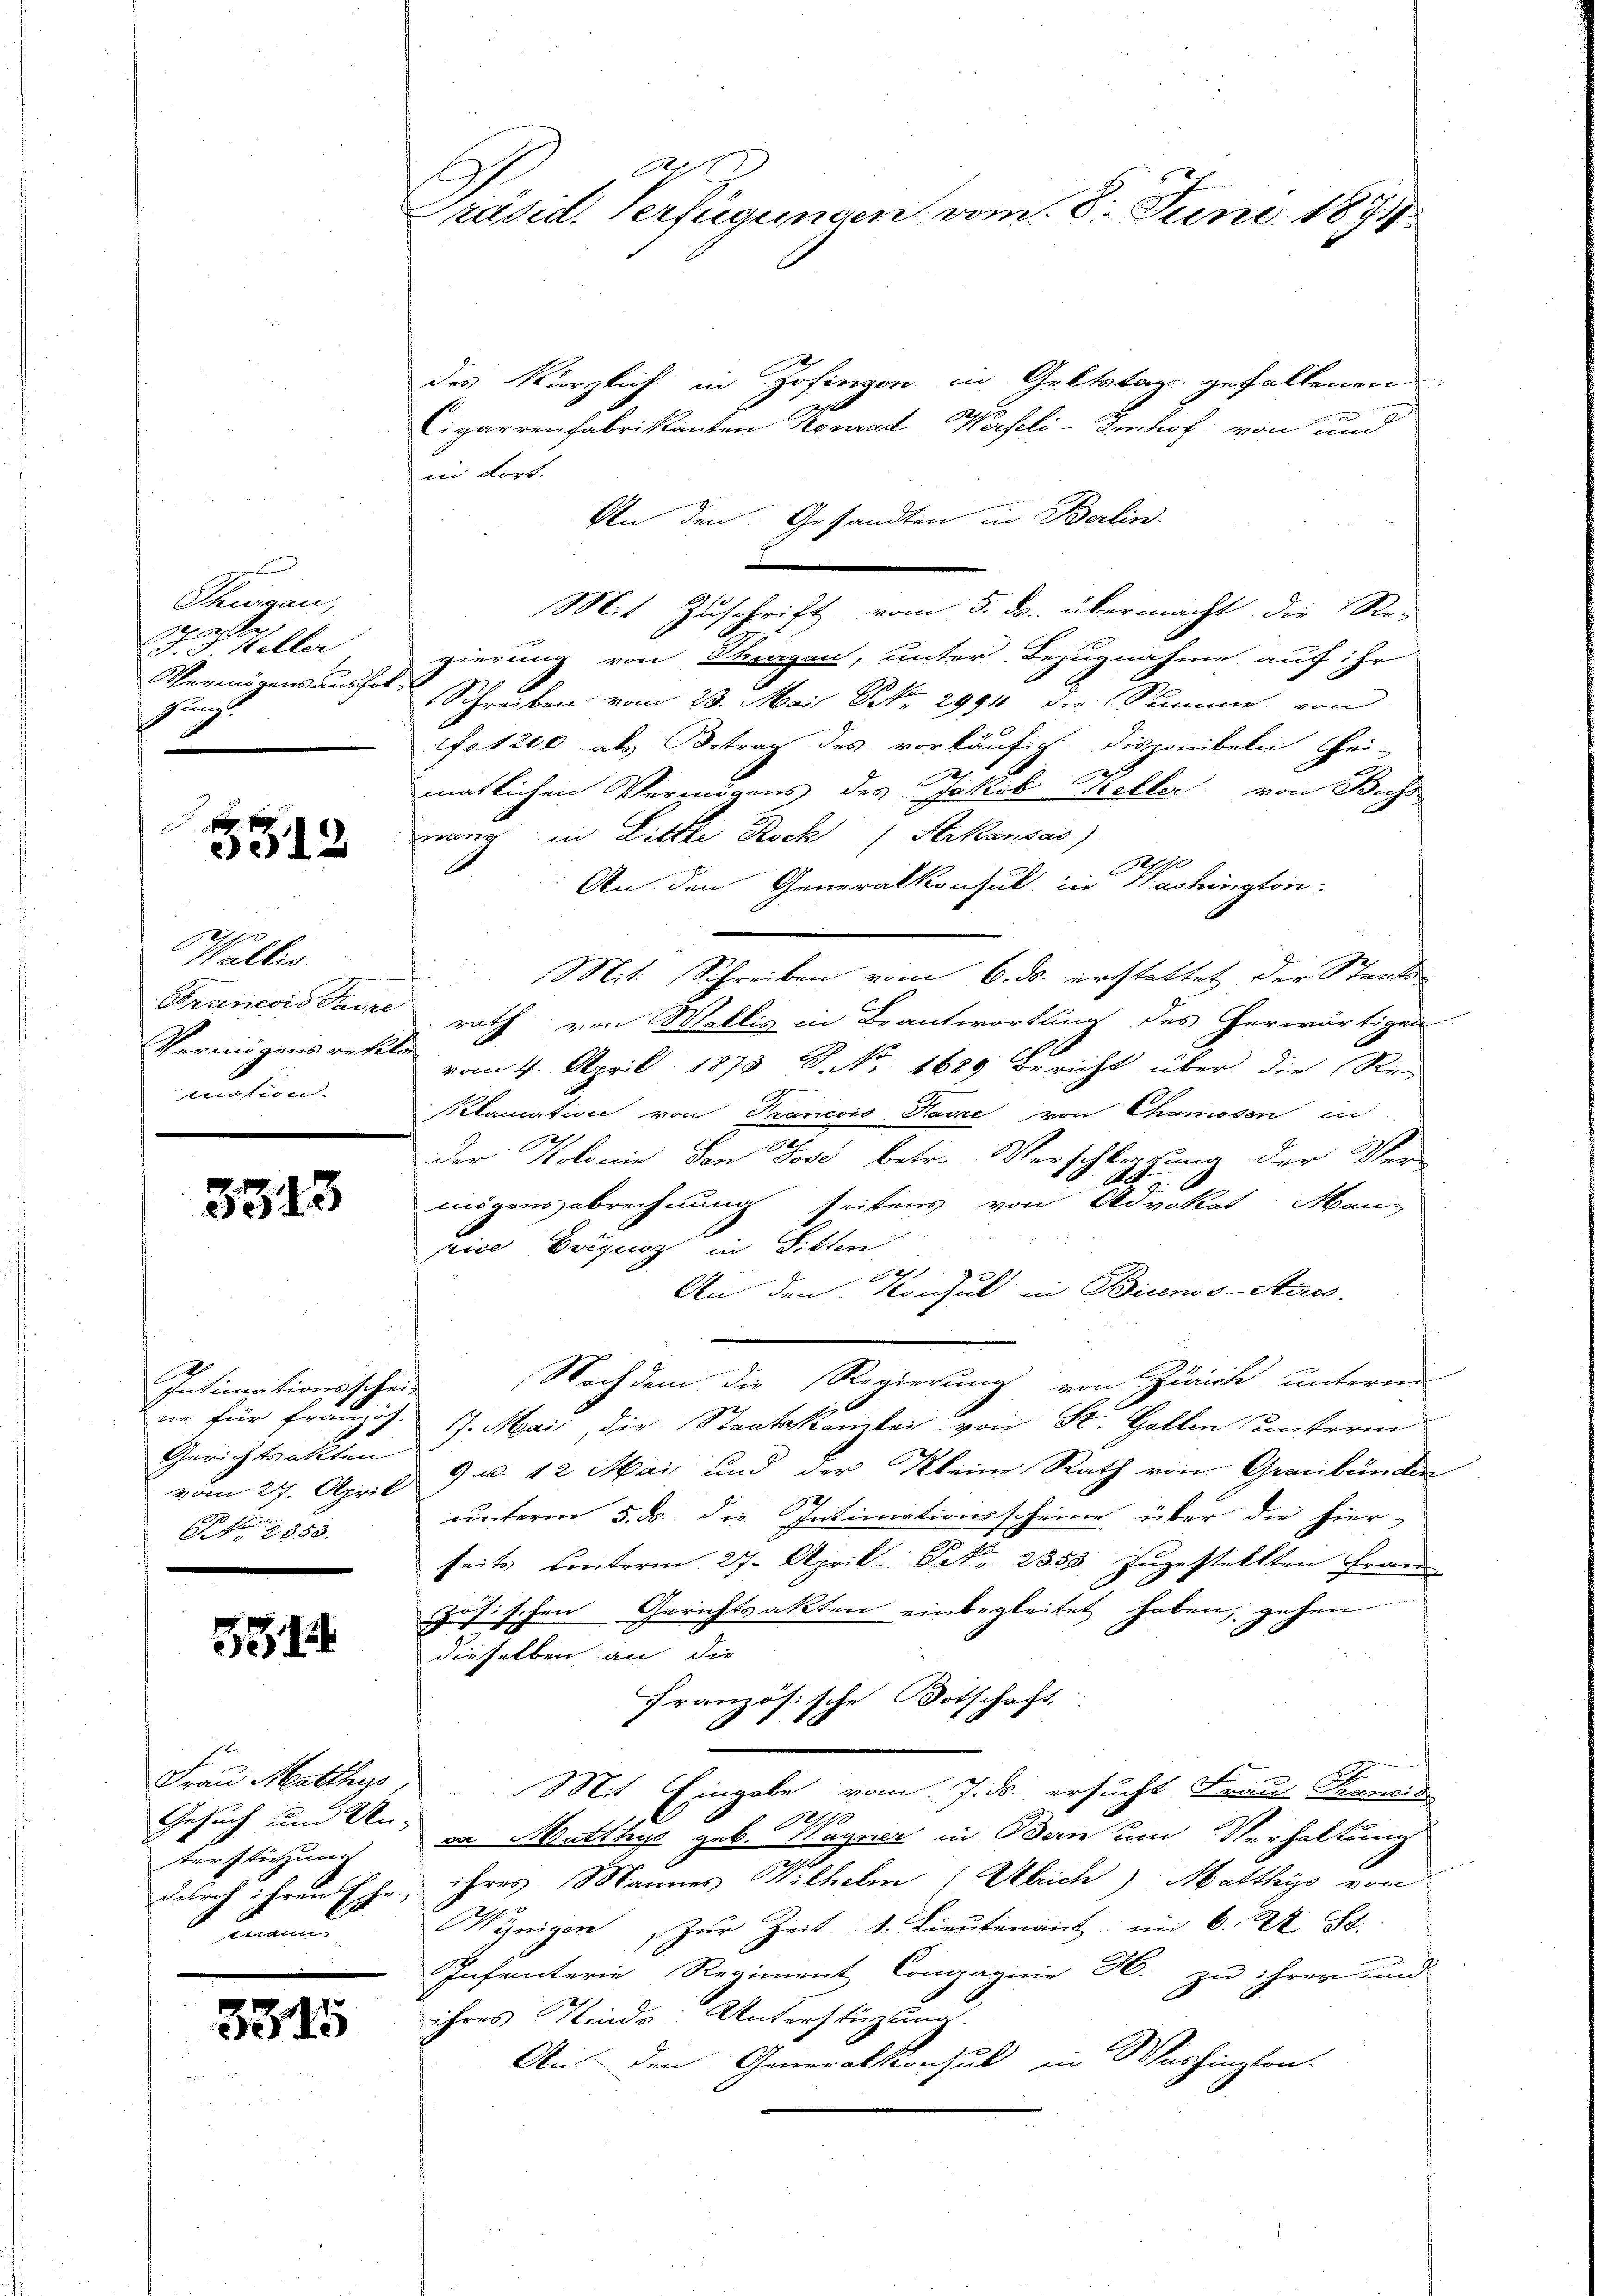
Thurgau,
reforder
u
F. F. Heller
Vermögensaushol
gung

s
512

des kürzlich in Zofingen in Geltstag gefallenen
Cigarrenfabrikanten Konrad Werfeli-Imhof von und
ini dort.
Von den Gesandten in Berlin.
Mit Zuschrift vom 5. ds. übermacht die Re-
gierung von Sagen, unter Bezugnahme auf ihr
Schreiben vom 23. Mai NNo. 2991 die Summe von
fotel als Betrag des vorläufig disponibeln sei-
2
matlichen Vermögens des Jakob Weller von Buchs
mung in Litte Rock ( Arkansas)
An den Generalkonsul in Washington-
Mit Schreiben vom 6. ds. erstattet der Staats-
Graneois Favre rath von Wallis in Beantwortung des herwärtigen
vom 4. April 1873 S. No 1689 Bericht über die Re-
2
klamation von Trancois Parze von Chamosen in
2
der Kolonie den Jose betr. Verschleppung der Ver-
1
mögensabrechnung seitens von Advokat Mann
pice Burgung in Sitten,
8211
An den Konsul in Bisenos-Ayres
Nachdem die Regierung von Zürich untere
7. Mai, die Staatskanzlei von St. Gallen unterm
vom 27. April 9 v. 12 Mai und der Kleine Rath von Graubünden
unterm 5. d. die Intimationsscheine über die hier-
seits unterm 27. April. Frk. 2355. zugestellten Fran
zösischen Gerichtsakten einbegleitet haben, gehen
dieselben an die
Französische Botschaft
Mit Eingabe vom 7. ds. ersucht Frau Francis
12740
E
ca Matthys geb. Wagner in Bern um Verhaltung
n
durch ihren Ehe ihres Mannes Wilhelm (Ulrich) Matthys von
Wenigen zŭr Zeit u. Lieutenant im 6. 22. St.
Infanterie Regiment Congaginie H. zu ihrer und
ihres Kinde Unterstüzungs-
An den Generalkonsul in Washington-

Wallis.
Vermögens rektor
tuation.

3343

Intimationsscheine für Französ.
Gerichtsakten
Ao 1858.

514

Frau Matthys
Gesuch und Un- |
terstützung
t mandi

3315

x
Präsid. Verfügungen vom 8. Juni 1874